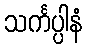
သင်္ကပ္ပါနံ